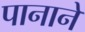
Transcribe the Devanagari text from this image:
पानाने